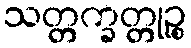
သတ္တက္ခတ္တုဉ္စ